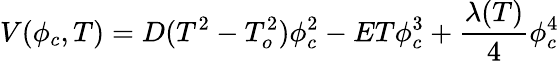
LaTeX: V(\phi_{c},T)=D(T^{2}-T_{o}^{2})\phi_{c}^{2}-ET\phi_{c}^{3}+\frac{\lambda(T)}{4}\phi_{c}^{4}